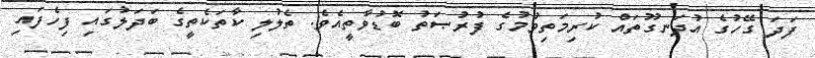
ފަދަ ގޭހުގެ އުދަނގޫތައް ކުރިމަތިވުމުގެ ފުރުޞަތު ބޮޑުވާތީއެވެ. ތެލުލި ކާތަކެތީގެ ބަދަލުގައި ފިހެފައި